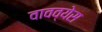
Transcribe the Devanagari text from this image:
वावव्येस